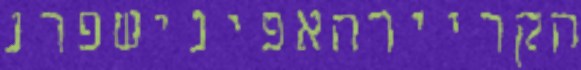
הקריירהאפינישפרנ